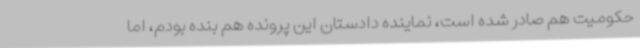
حکومیت هم صادر شده است، نماینده دادستان این پرونده هم بنده بودم، اما